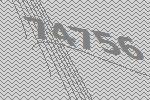
74756